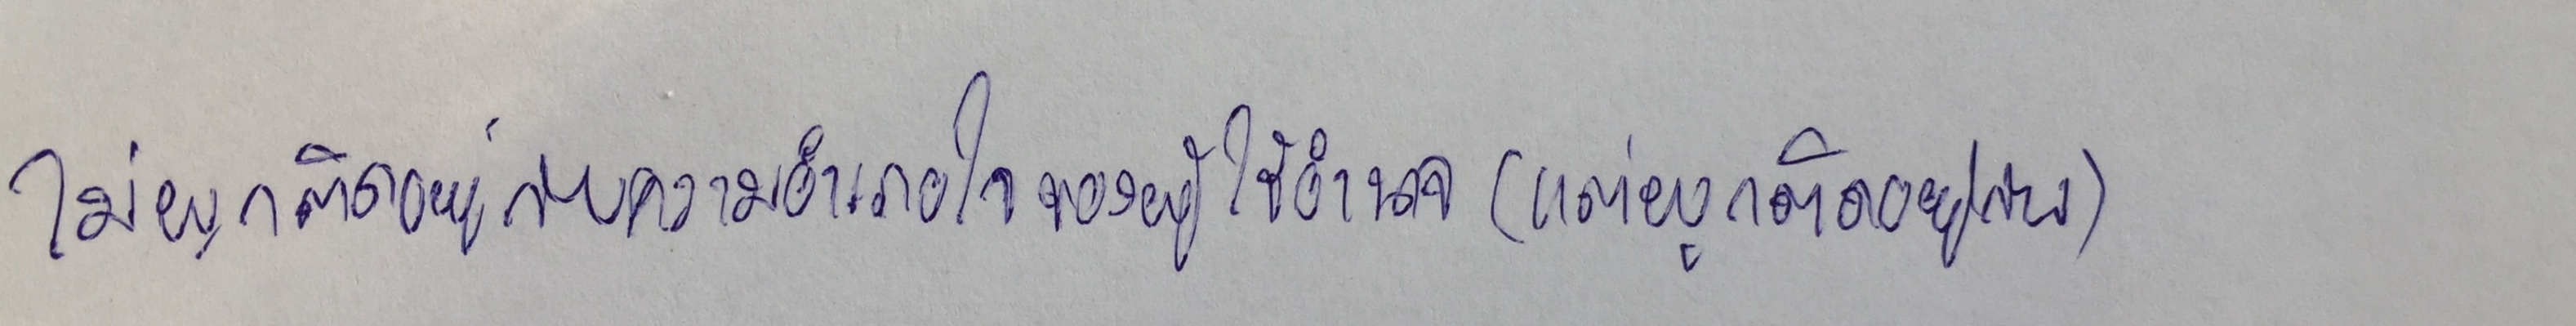
ไม่ผูกติดอยู่กับความอำเภอใจของผู้ใช้อำนาจ(แต่ผูกติดอยู่กับ